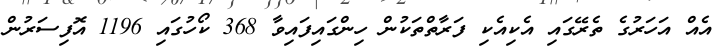
އެއް އަހަރުގެ ތެރޭގައި އެކިއެކި ފަރާތްތަކުން ހިންގައިފައިވާ 368 ކޯހުގައި 1196 އޮފިސަރުން